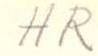
HR